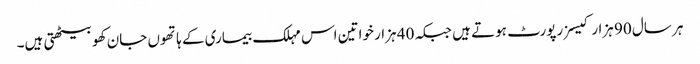
ہر سال 90 ہزار کیسز رپورٹ ہوتے ہیں جبکہ 40 ہزار خواتین اس مہلک بیماری کے ہاتھوں جان کھو بیٹھتی ہیں۔